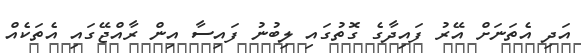
އަދި އެތަނަށް އޭރު ފައިދާގެ ގޮތުގައި ލިބުނު ފައިސާ އިން ރާއްޖޭގައި އެތަކެއް